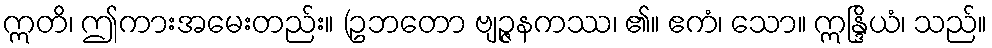
ဣတိ၊ ဤကားအမေးတည်း။ (ဥဘတော ဗျဉ္ဇနကဿ၊ ၏။ ဧကံ၊ သော။ ဣန္ဒြိယံ၊ သည်။